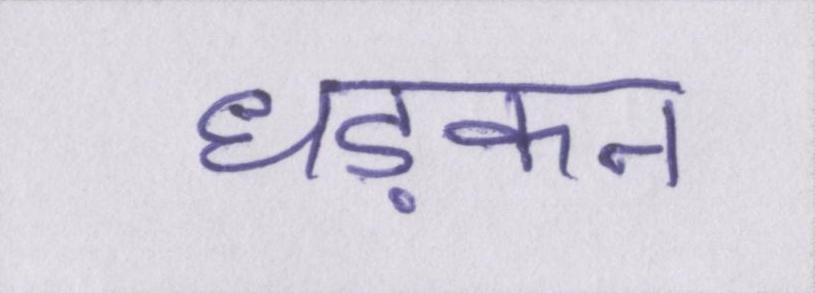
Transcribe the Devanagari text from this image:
धड़कन